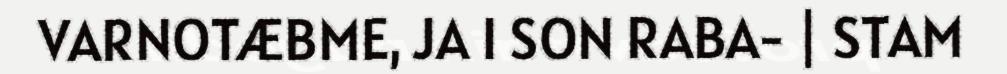
VARNOTÆBME, JA I SON RABA- | STAM